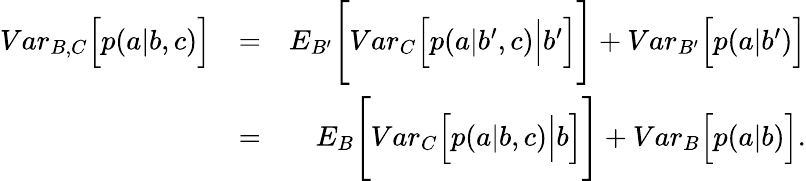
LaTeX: \begin{array}{rlr}{{Var}_{B,C}\Big[p(a|b,c)\Big]}&{=}&{{E}_{B^{\prime}}\Bigg[{Var}_{C}\Big[p(a|b^{\prime},c)\Big|b^{\prime}\Big]\Bigg]+{Var}_{B^{\prime}}\Big[p(a|b^{\prime})\Big]}\\ &{=}&{{E}_{B}\Bigg[{Var}_{C}\Big[p(a|b,c)\Big|b\Big]\Bigg]+{Var}_{B}\Big[p(a|b)\Big].}\end{array}